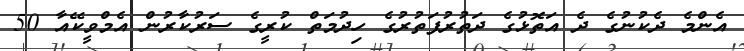
އެންމެ ދެކުނުގެ ދެ އަތޮޅުގެ ދަތުރުފަތުރުގެ ހިދުމަތް ކުރީގެ ސަރުކާރުން އެމްވީކޭއާ 50